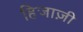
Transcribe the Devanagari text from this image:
हिजाज़ी